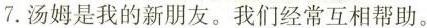
7.汤姆是我的新朋友。我们经常互相帮助。